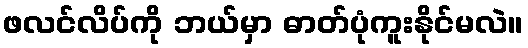
ဖလင်လိပ်ကို ဘယ်မှာ ဓာတ်ပုံကူးနိုင်မလဲ။